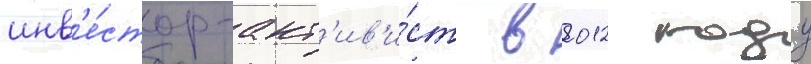
инв'е́стор-акт'ив'и́ст в 2012 году